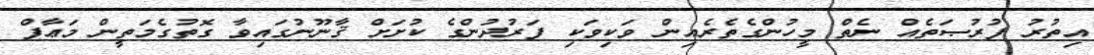
އިތުރު ފުރުޞަތެއް ނެތް މީހުންގެތެރެއިން ވަކިވަކި ފަރުދުންގެ ކުށަށް ޤާނޫނުގައިވާ ގޮތުގެމަތީން މަޢާފް